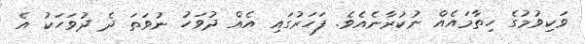
ވަކިވުމުގެ ހިތާމައެއް ނުކުރާނެއެވެ. ފަހަރުގައި އެއް ދުވަހު ނުވަތަ ދެ ދުވަހަކު އެ